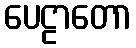
ပေဠာတော